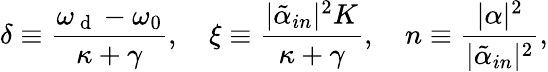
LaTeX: \delta\equiv\frac{\omega_{\mathrm{~d~}}-\omega_{0}}{\kappa+\gamma},\quad\xi\equiv\frac{|\tilde{\alpha}_{in}|^{2}K}{\kappa+\gamma},\quad n\equiv\frac{|\alpha|^{2}}{|\tilde{\alpha}_{in}|^{2}},